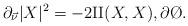
LaTeX: \begin{align*}\partial_{\vec \nu} |X|^{2} &= -2\mathrm{II}(X,X),\partial \O.\end{align*}